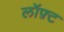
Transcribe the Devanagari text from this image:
लॉफ़्ट